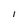
Character: I